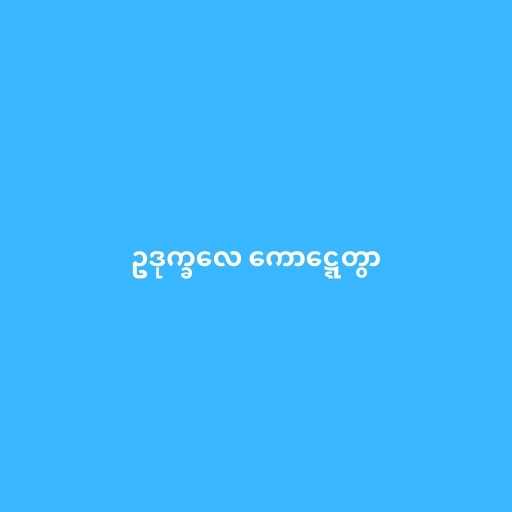
ဥဒုက္ခလေ ကောဋ္ဋေတွာ